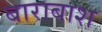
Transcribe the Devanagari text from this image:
बाराबाश